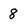
Character: 8